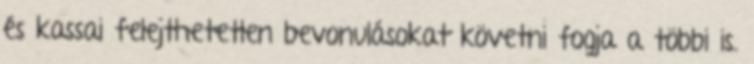
és kassai felejthetetlen bevonulásokat követni fogja a többi is.